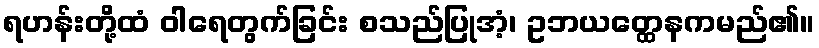
ရဟန်းတို့ထံ ဝါရေတွက်ခြင်း စသည်ပြုအံ့၊ ဥဘယတ္ထေနကမည်၏။